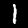
Digit: 1